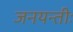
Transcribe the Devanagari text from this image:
जनयन्तीः